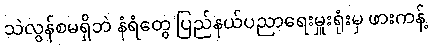
သဲလွန်စမရှိဘဲ နံရံတွေ ပြည်နယ်ပညာရေးမှူးရုံးမှ ဖားကန့်